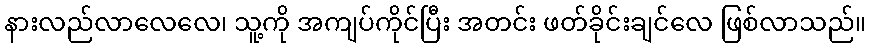
နားလည်လာလေလေ၊ သူ့ကို အကျပ်ကိုင်ပြီး အတင်း ဖတ်ခိုင်းချင်လေ ဖြစ်လာသည်။